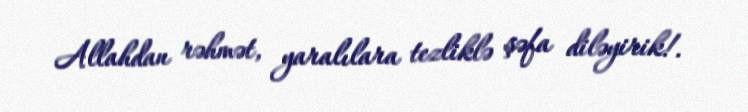
Allahdan rəhmət, yaralılara tezliklə şəfa diləyirik!.